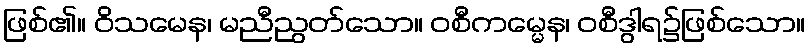
ဖြစ်၏။ ဝိသမေန၊ မညီညွတ်သော။ ဝစီကမ္မေန၊ ဝစီဒွါရ၌ဖြစ်သော။